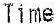
TIME